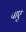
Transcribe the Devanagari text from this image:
पाएॅ